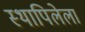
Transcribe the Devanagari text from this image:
स्थापिलेला